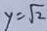
y = \sqrt { 2 }